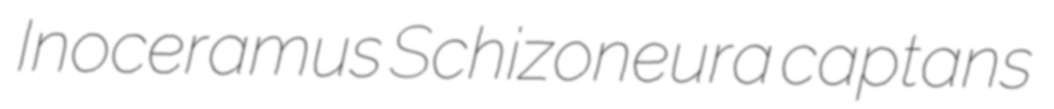
Inoceramus Schizoneura captans